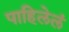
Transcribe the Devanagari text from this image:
पाहिलेलं